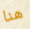
هنا